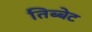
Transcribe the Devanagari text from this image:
तिब्बेट